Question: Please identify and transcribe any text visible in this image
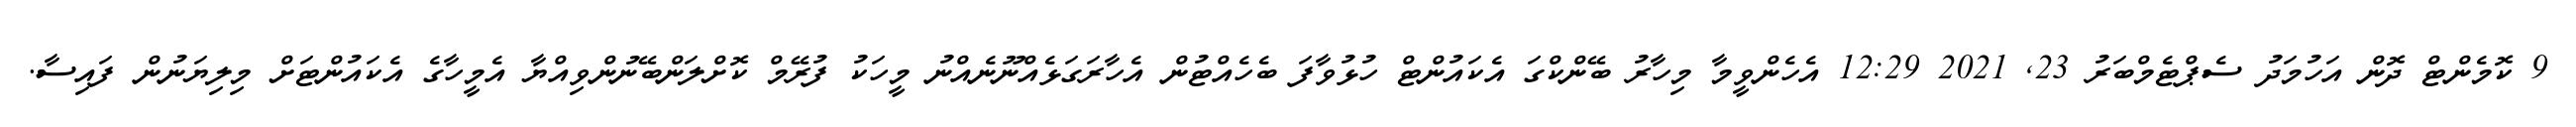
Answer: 9 ކޮމެންޓް ދޮން އަހުމަދު ސެޕްޓެމްބަރު 23, 2021 12:29 އެހެންވީމާ މިހާރު ބޭންކްގަ އެކައުންޓް ހުޅުވާފަ ބެހެއްޓުން އެހާރަގަޅެއްނޫނެއްނު މީހަކު ފުރޭމް ކޮށްލަންބޭނުންވިއްޔާ އެމީހާގެ އެކައުންޓަށް މިލިޔަނުން ފައިސާ.